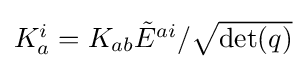
{\textstyle K_{a}^{i}=K_{ab}{\tilde {E}}^{ai}/{\sqrt {\det(q)}}}